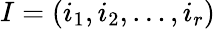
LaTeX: I=(i_{1},i_{2},\dots,i_{r})